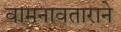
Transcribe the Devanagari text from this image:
वामनावताराने